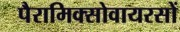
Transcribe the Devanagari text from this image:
पैरामिक्सोवायरसों